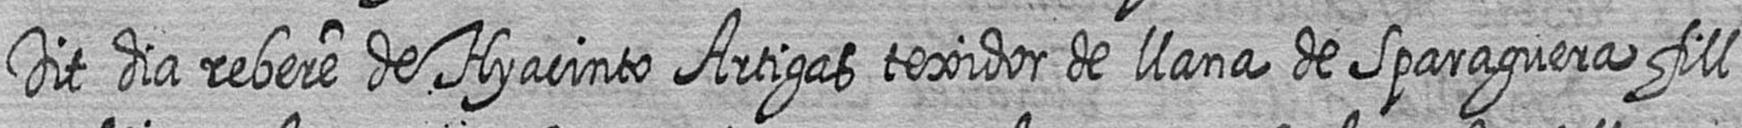
Dit dia rebere de Hyacinto Artigas texidor de llana de Sparaguera fill